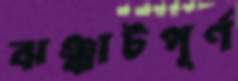
ঝঞ্ঝাটপূর্ণ